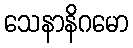
သေနာနိဂမော